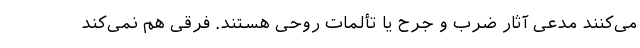
می‌کنند مدعی آثار ضرب و جرح یا تألمات روحی هستند. فرقی هم نمی‌کند